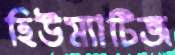
হিউম্যাটিজ